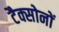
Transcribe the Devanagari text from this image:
टैक्सोनों